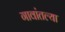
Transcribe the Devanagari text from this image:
गावांतल्या